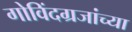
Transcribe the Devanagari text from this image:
गोविंदग्रजांच्या